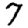
Digit: 7